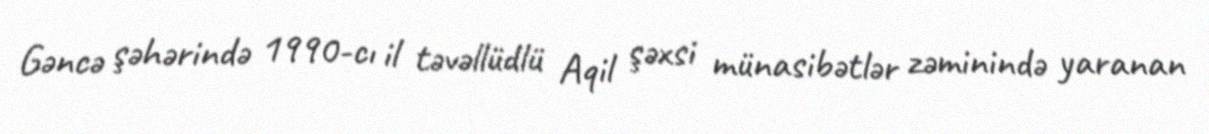
Gəncə şəhərində 1990-cı il təvəllüdlü Aqil şəxsi münasibətlər zəminində yaranan